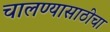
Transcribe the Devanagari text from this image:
चालण्यासाठीचा